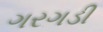
ગરગડી